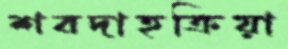
শবদাহক্রিয়া